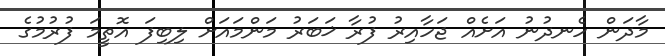
މާދަން ހެނދުނު އަށެއް ޖަހާއިރު ފުރާ ޚަބަރު މަންމައަށް ލިބިފަ އޮތީމަ ފުރުމުގެ